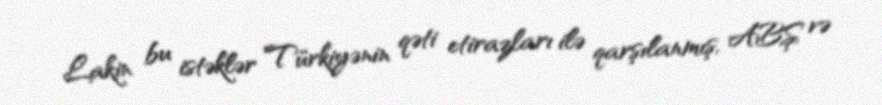
Lakin bu istəklər Türkiyənin qəti etirazları ilə qarşılanmış, ABŞ və